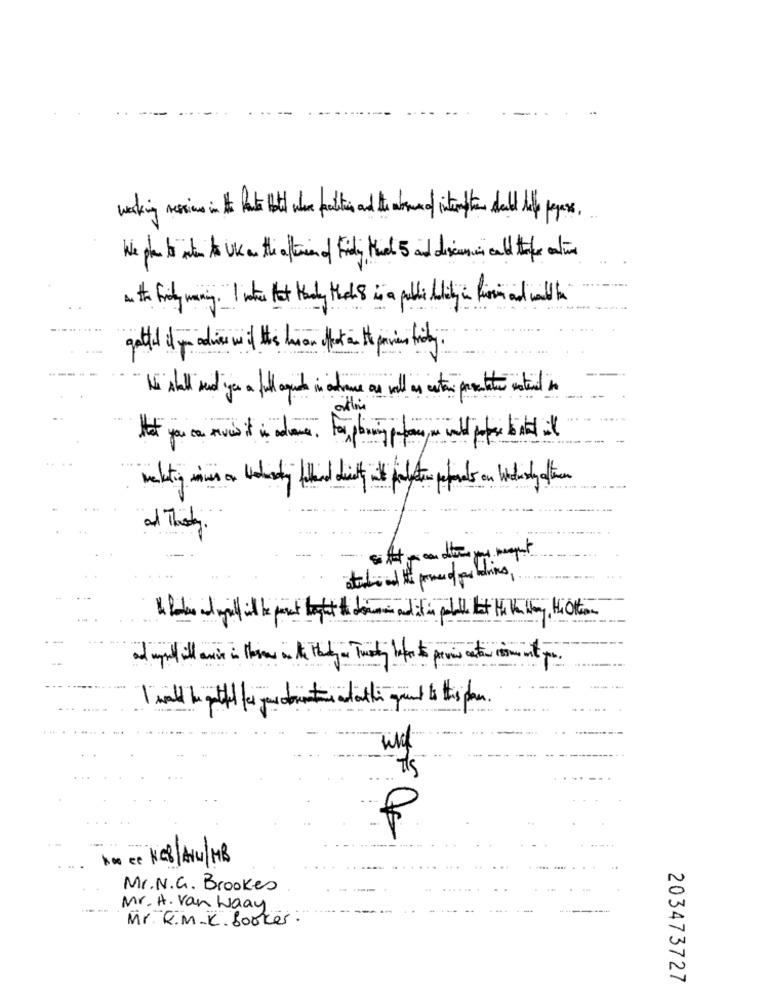
wins let the ted the intendele pays.
We peut intento UK the aften ofily Mid 5 andiscan cal taper ation
.. ..
get in the f teprve tidy .
Nl dy l que in the asal tan potentidin
Why is helhedifyou print this the
No ce NEB/AW/ MB
Mr. N. G. Brookes
Mr. H. Van Waay
Mr. R.M.K. booker .
203473727